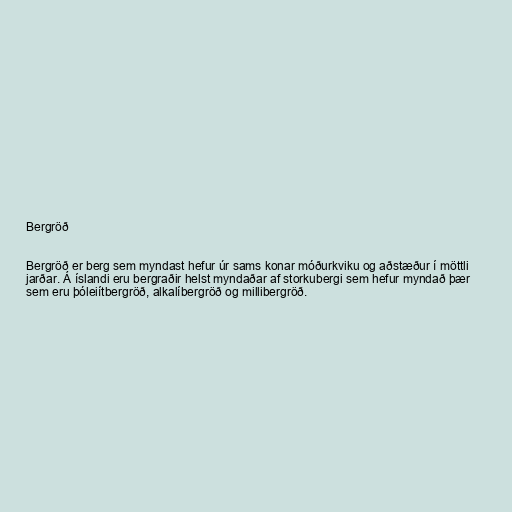
Bergröð

Bergröð er berg sem myndast hefur úr sams konar móðurkviku og aðstæður í möttli
jarðar. Á íslandi eru bergraðir helst myndaðar af storkubergi sem hefur myndað þær
sem eru þóleiítbergröð, alkalíbergröð og millibergröð.